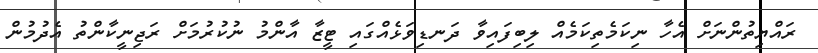
ރައްޔިތުންނަށް އެހާ ނިކަމެތިކަމެއް ލިބިފައިވާ ދަނޑިވަޅެއްގައި ޓީޒާ އާންމު ނުކުރުމަށް ރަޖިނީކާންތު އެދުމުން